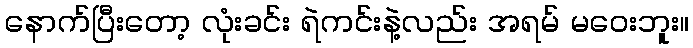
နောက်ပြီးတော့ လုံးခင်း ရဲကင်းနဲ့လည်း အရမ် မဝေးဘူး။